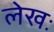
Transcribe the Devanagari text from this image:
लेखः